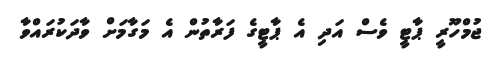
ޖުމްހޫރީ ޕާޓީ ވެސް އަދި އެ ޕާޓީގެ ފަރާތުން އެ މަގާމަށް ވާދަކުރައްވާ